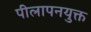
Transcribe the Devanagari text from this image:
पीलापनयुक्त